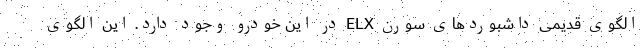
الگوی قدیمی داشبوردهای سورن ELX در این خودرو وجود دارد. این الگوی